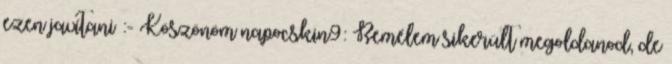
ezen javítani :- Köszönöm napocskin9: Remélem sikerült megoldanod, de